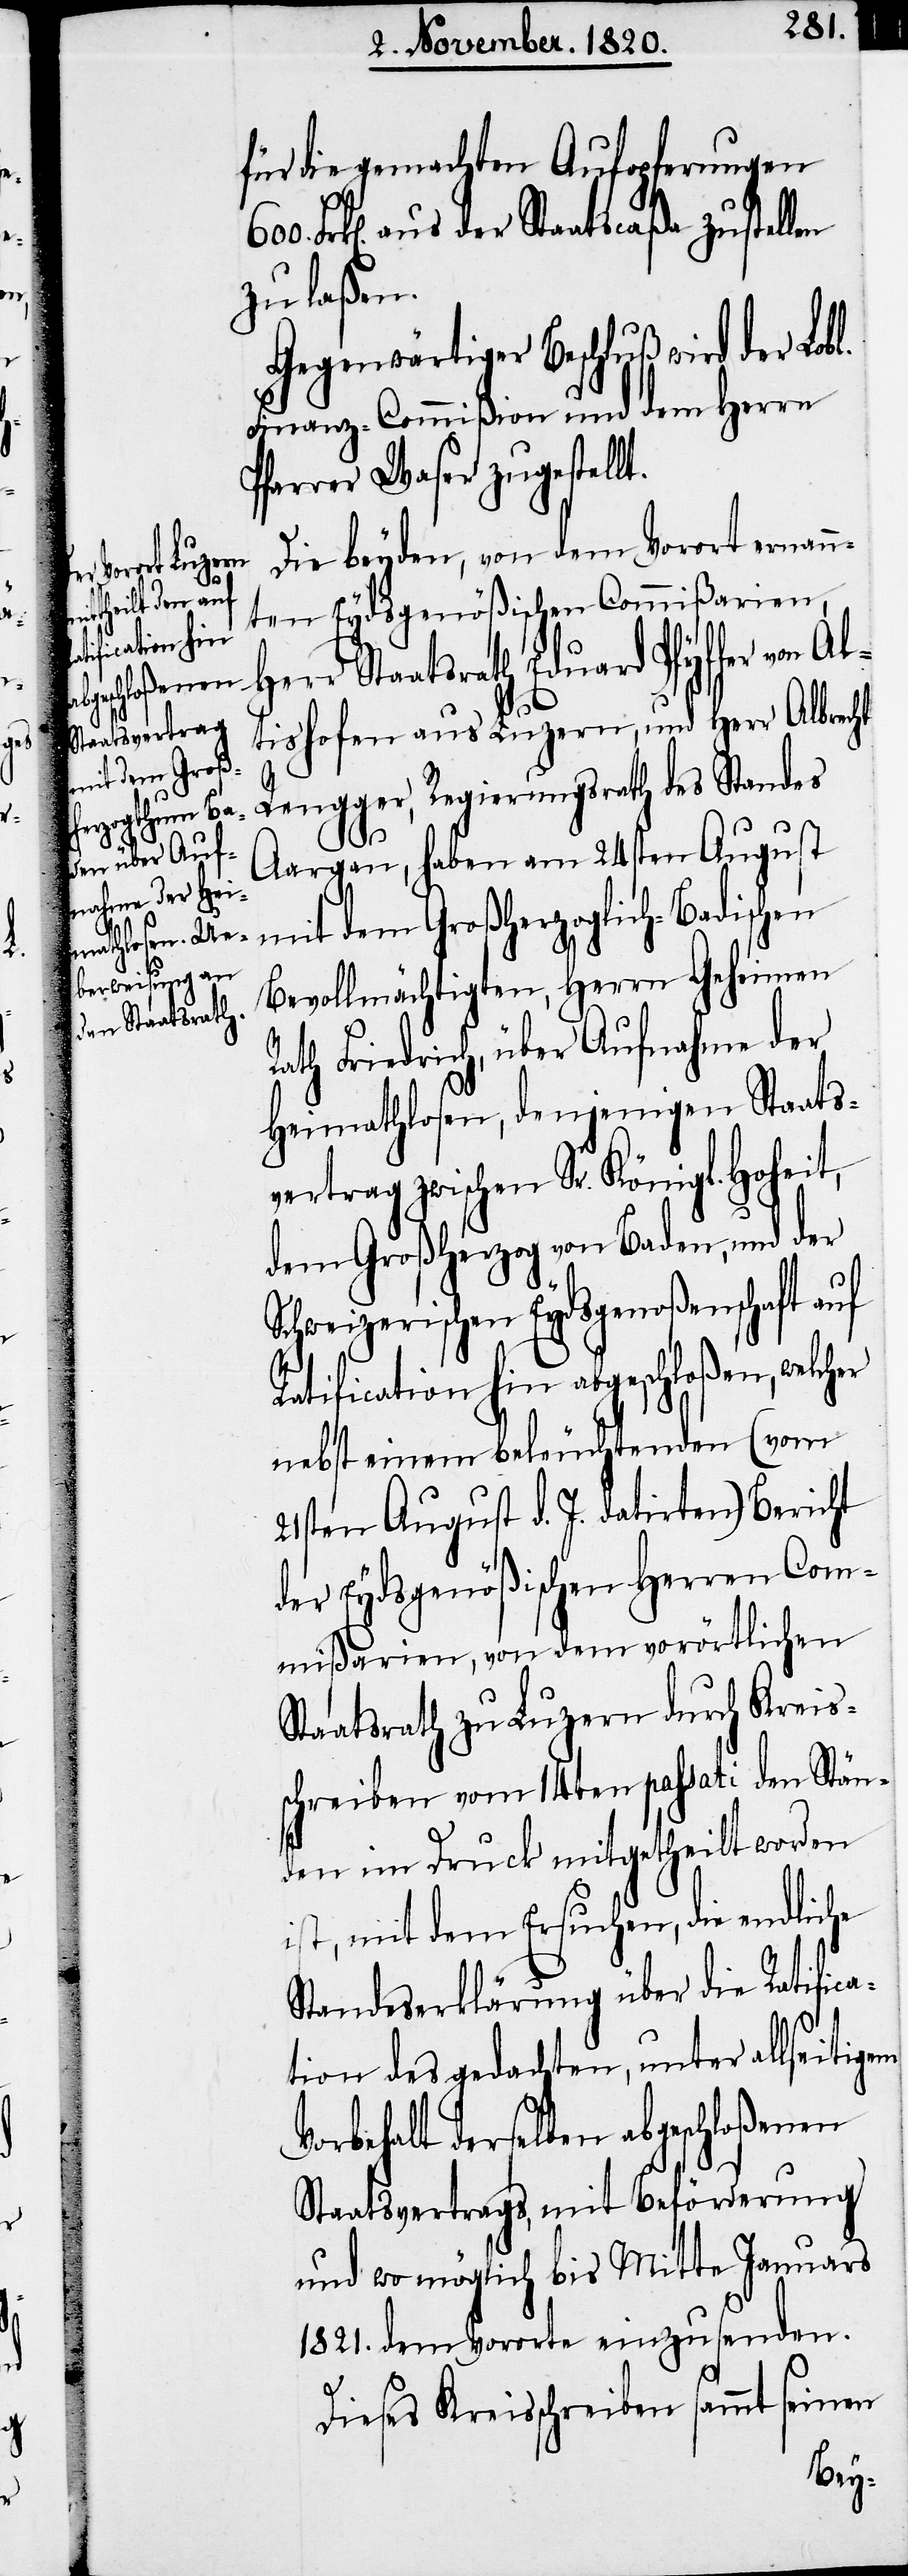
Eduard Pfyf¬
fer von Al¬
Herr Staatsrath

für die gemachten Aufopferungen
Frk[en]. aus der Staatscaßa zustellen
zu laßen.
Gegenwärtiger Beschluß wird der
Finanz-Commißion und dem Herrn
Pfarrer Waser zugestellt.
Die beyden, von dem Vorort ernann¬
ten Eydsgenößischen Commißarien,
tishofen aus Luzern, und Herr Albrecht
Rengger, Regierungsrath des Standes
Aargau, haben am 24sten August
mit dem Großherzoglich-Badischen
Bevollmächtigten, Herrn Geheimen
Rath Friedrich, über Aufnahme der
Heimathlosen, denjenigen Staats¬
vertrag zwischen Sr. Königl. Hoheit
dem Großherzog von Baden, und der
Schweizerischen Eydsgenoßenschaft auf
Ratification hin abgeschloßen, welcher
nebst einem beleuchtenden (vom
21sten August d. J. datirten) Bericht
der Eydsgenößischen Herren Com¬
mißarien, von dem vorörtlichen
Staatsrath zu Luzern durch Kreis¬
schreiben vom 14ten passati den Stän¬
den im Druck mitgetheilt worden
ist, mit dem Ersuchen, die endliche
Standeserklärung über die Ratifica¬
tion des gedachten, unter allseitigem
Vorbehalt derselben abgeschloßenen
Staatsvertrags, mit Beförderung
und wo möglich bis Mitte Januars
1821. dem Vororte einzusenden.
Dieses Kreisschreiben sammt seinen